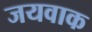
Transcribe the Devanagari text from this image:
जयवाक